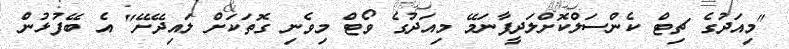
"މިއަދުގެ ޗިޓް ކެންސަލްކޮށްލަދީފާނަމޭ މިއަދުގެ ވޯޓް މިވެނި ގޮތަކަށް ލައިދޭށޭ" އެ ބޭފުޅުން